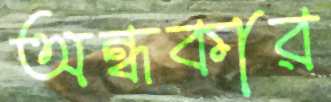
অন্ধকার